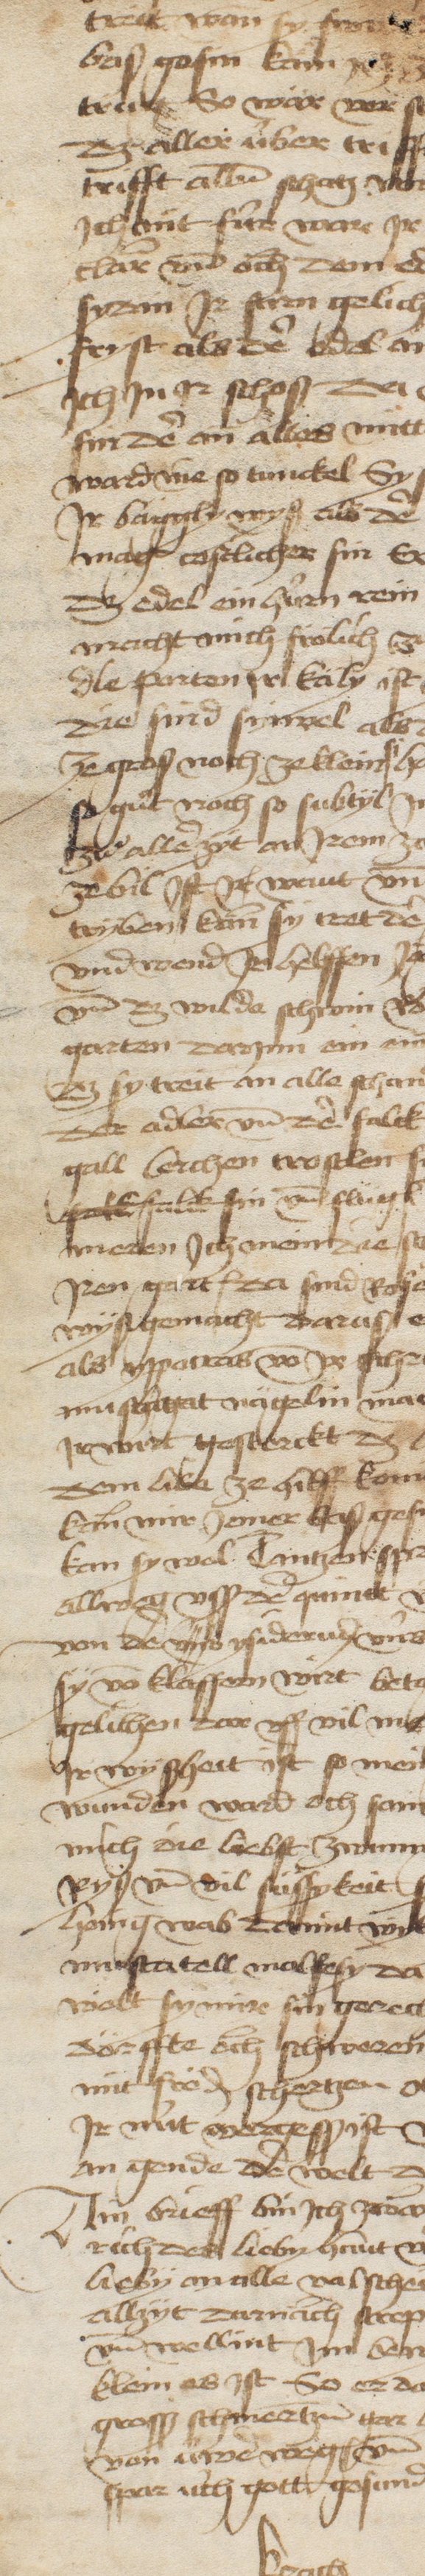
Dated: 1450–1499